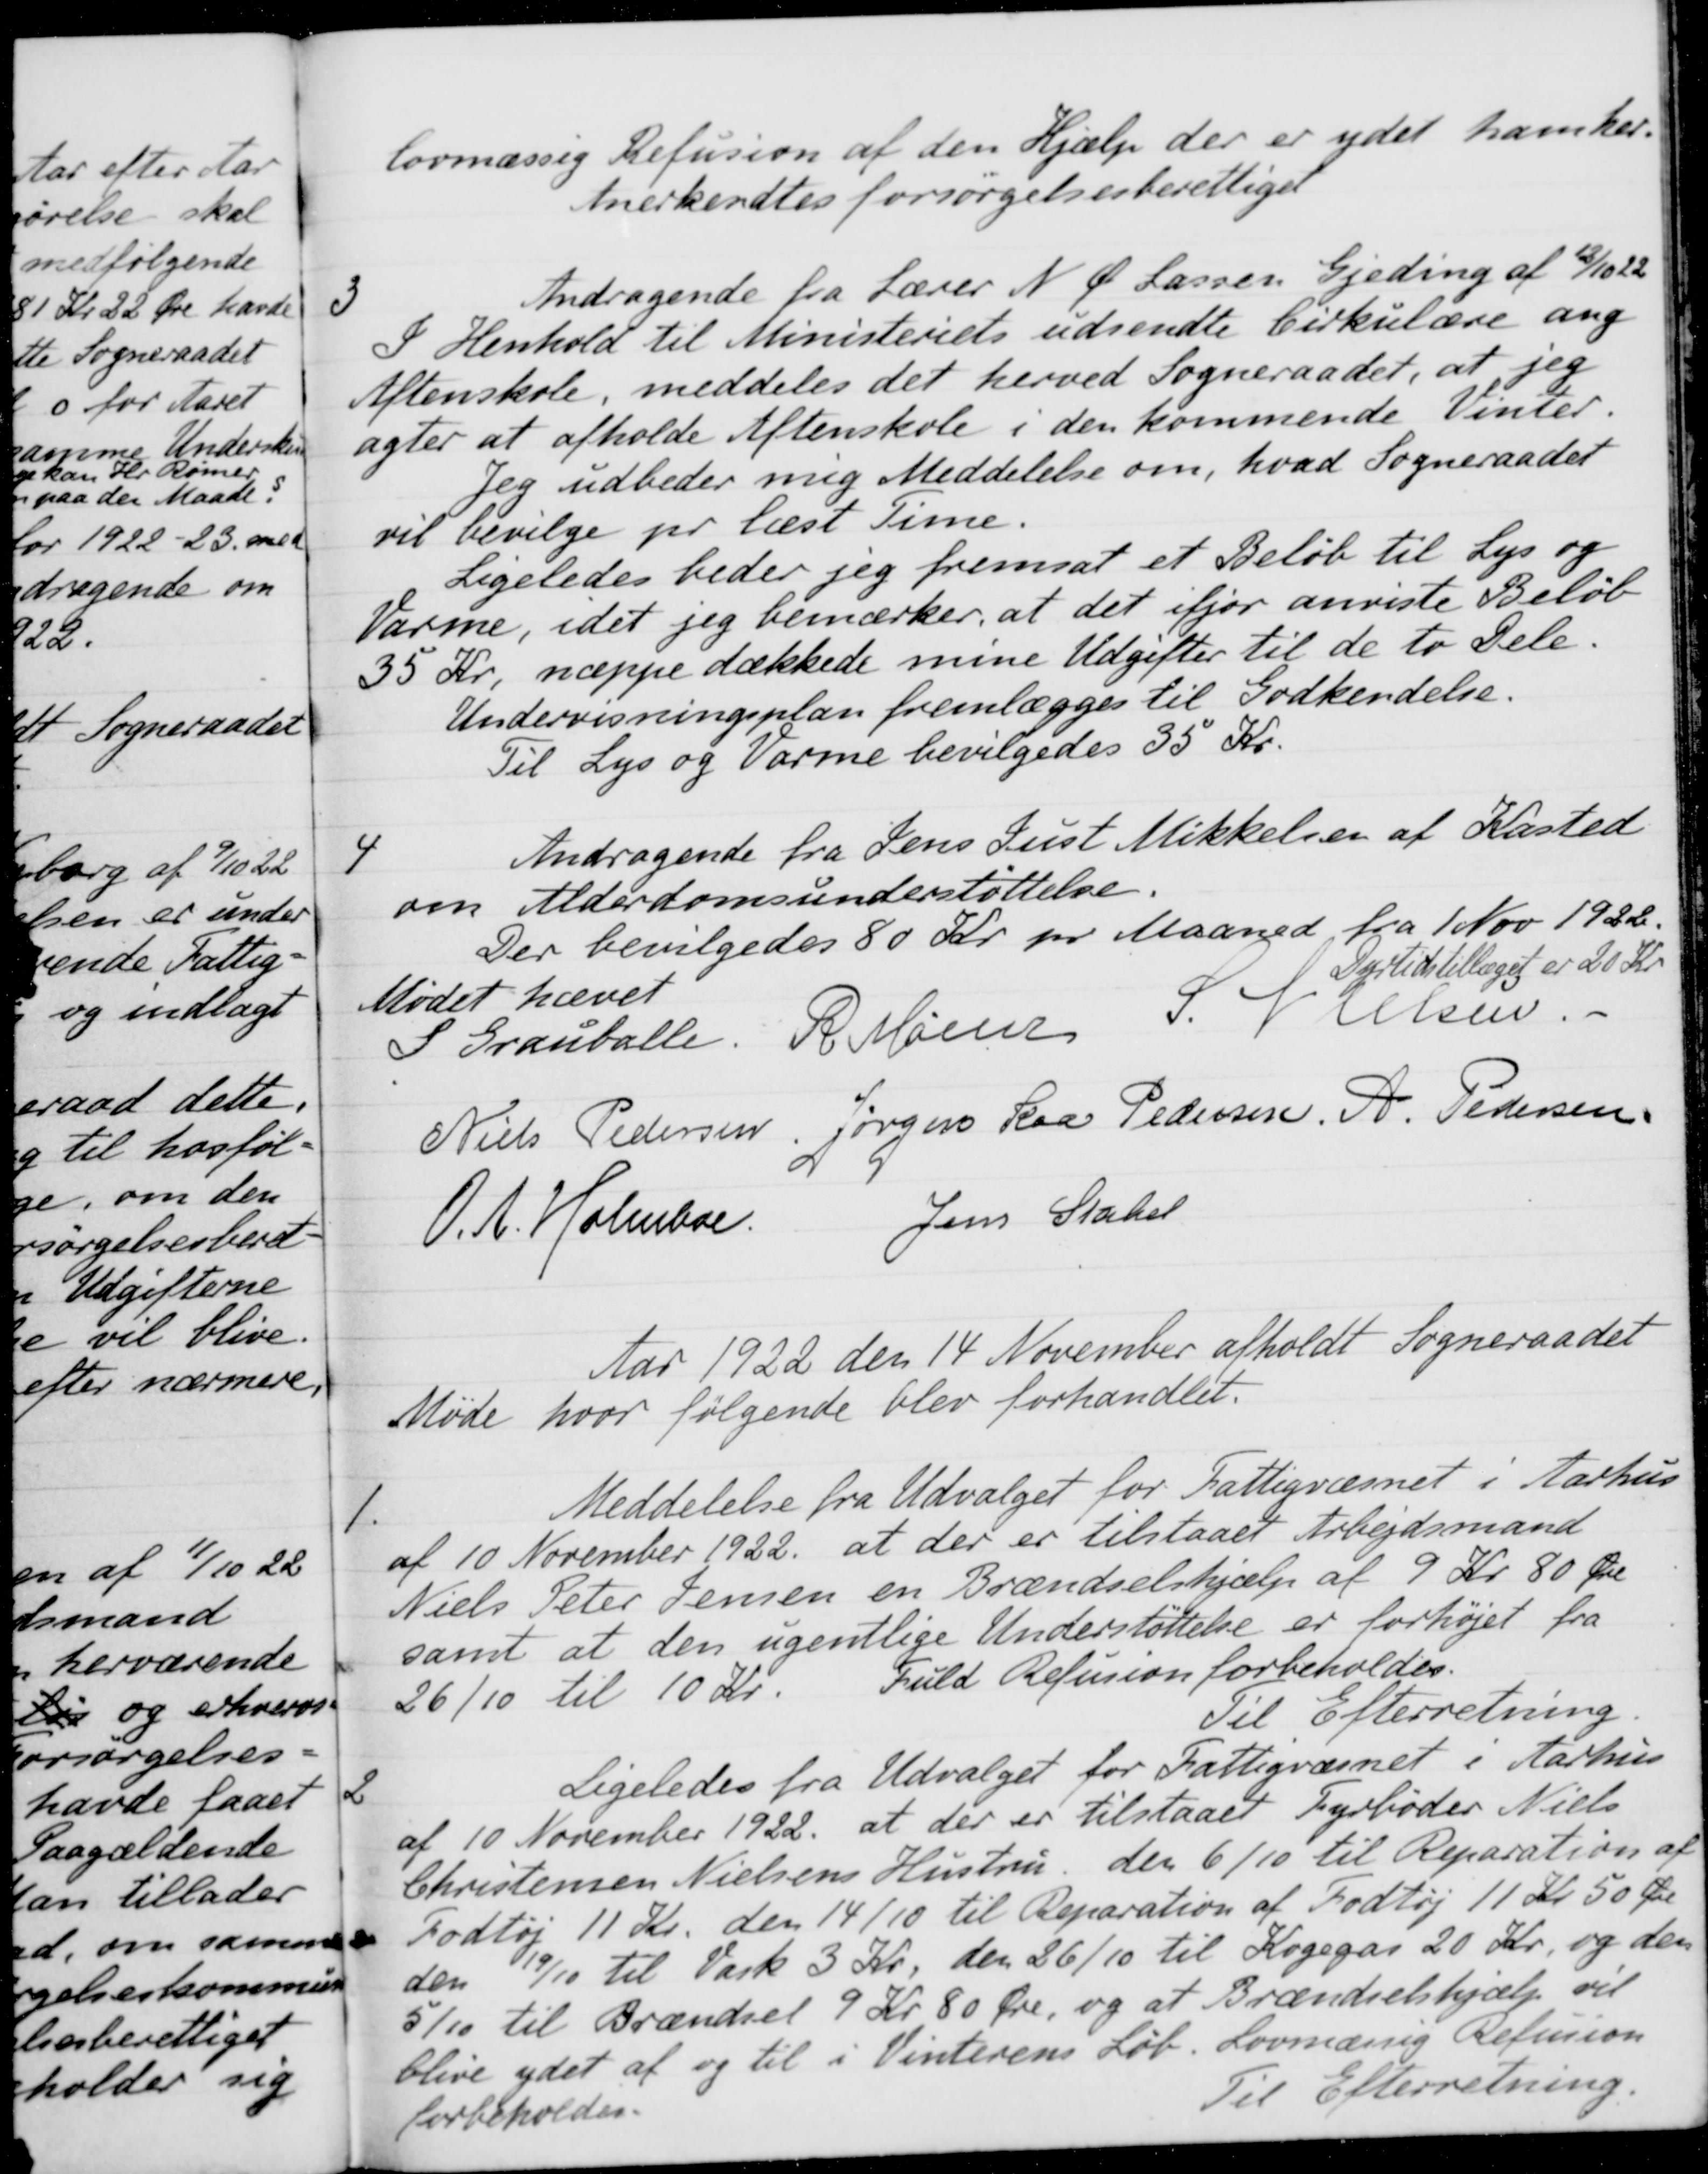
Transskription:
lovmæssig Refusion af den Hjælp der er ydet ham her.
Anerkendtes forsørgelsesberettiget
3
Andragende fra Lærer N. Ø. Lassen Gjeding af 8/10 22
I Henhold til Ministeriets udsendte Cirkulære ang
Aftenskole, meddeles det herved Sogneraadet, at jeg
agter at afholde Aftenskole i den kommende Vinter.
Jeg udbeder mig Meddelelse om, hvad Sogneraadet 
vil bevilge pr læst Time.
Ligeledes beder jeg fremsat et Beløb til Lys og
Varme, idet jeg bemærker, at det ifjor anviste Beløb
35 Kr. næppe dækkede mine Udgifter til de to Dele.
Undervisningsplan fremlægges til Godkendelse.
Til Lys og Varme bevilgedes 35 Kr.
4
Andragende fra Jens Just Mikkelsen af Kasted
om Alderdomsunderstøttelse.
Der bevilgedes 80 Kr. pr Maaned fra 1 Nov 1922.
Dyrtidstillæget er 20 Kr.
Mødet hævet
S Grauballe.
R. Mainz
S. Nielsen.
Niels Pedersen,
Jørgen Kaa Pedersen,
A. Pedersen
O. A. Holmboe.
Jens Statel
Aar 1922 den 14 November afholdt Sogneraadet
Møde hvor følgende blev forhandlet.
1.
Meddelelse fra Udvalget for Fattigvæsnet i Aarhus
af 10 November 1922, at der er tilstaaet Arbejdsmand
Niels Peter Jensen en Brændselshjælp af 9 Kr. 80 Øre
samt at den ugentlige Understøttelse er forhøjet fra
26/10 til 10 Kr.
Fuld Refusion forbeholdes.
Til Efterretning
2
Ligeledes fra Udvalget for Fattigvæsnet i Aarhus
af 10 November 1922, at der er tilstaaet Fyrbøder Niels
Christensen Nielsens Hustru, den 6/10 til Reparation af
Fodtøj 11 Kr. den 14/10 til Reparation af Fodtøj 11 Kr. 50 Øre
den 19/10 til Vask 3 Kr. den 26/10 til Kogegas 20 Kr. og den
5/10 til Brændsel 9 Kr. 80 Øre, og at Brændselshjælp vil
blive ydet af og til i Vinterens Løb. Lovmæssig Refusion
forbeholdes.
Til Efterretning.